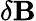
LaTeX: \mathbf{\delta B}